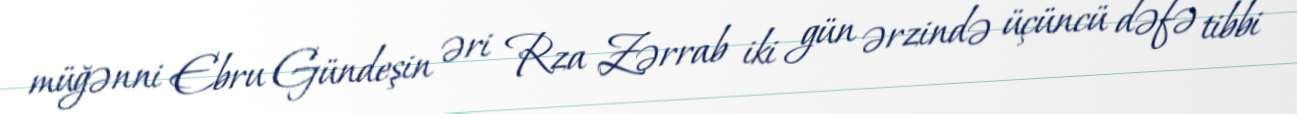
müğənni Ebru Gündeşin əri Rza Zərrab iki gün ərzində üçüncü dəfə tibbi